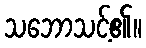
သဘောသင့်၏။